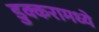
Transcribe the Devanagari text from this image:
डुक्करामध्ये